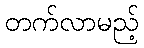
တက်လာမည့်